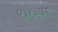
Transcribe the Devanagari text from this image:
ए३१०वर